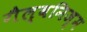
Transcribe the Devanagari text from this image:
गैल्वनिज़्म